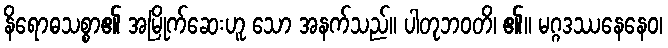
နိရောဓသစ္စာ၏ အမြိုက်ဆေးဟူ သော အနက်သည်။ ပါတုဘဝတိ၊ ၏။ မဂ္ဂဒဿနေနေဝ၊